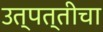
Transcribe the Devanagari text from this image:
उत्पत्तीचा